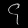
Digit: ၄